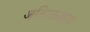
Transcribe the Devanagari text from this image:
अतिरक्तस्त्राव